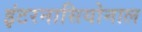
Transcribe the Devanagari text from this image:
इंटरनासियोनाल